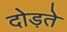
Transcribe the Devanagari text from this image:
दोड़ते